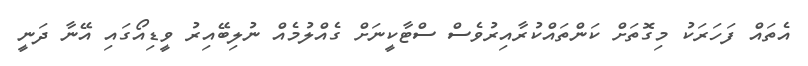
އެތައް ފަހަރަކު މިގޮތަށް ކަންތައްކުރާއިރުވެސް ސްޓާކީނަށް ގެއްލުމެއް ނުލިބޭއިރު ވީޑިއޯގައި އޭނާ ދަނީ